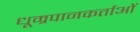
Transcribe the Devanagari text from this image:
धूम्रपानकर्ताओं